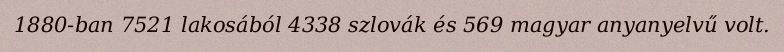
1880-ban 7521 lakosából 4338 szlovák és 569 magyar anyanyelvű volt.